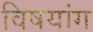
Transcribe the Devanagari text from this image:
विषयांग